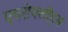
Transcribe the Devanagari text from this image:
एयरोफ्लोट्स